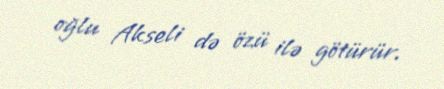
oğlu Akseli də özü ilə götürür.